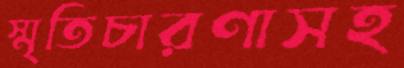
স্মৃতিচারণাসহ